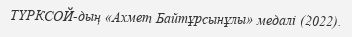
ТҮРКСОЙ-дың «Ахмет Байтұрсынұлы» медалі (2022).